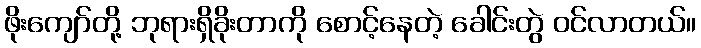
ဖိုးကျော်တို့ ဘုရားရှိခိုးတာကို စောင့်နေတဲ့ ခေါင်းတွဲ ဝင်လာတယ်။